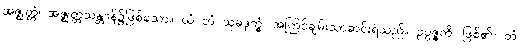
အဇ္ဈတ္တံ၊ အဇ္ဈတ္တသန္တာန်၌ဖြစ်သော။ ယံ တံ သုခဒုက္ခံ၊ အကြင်ချမ်းသာဆင်းရဲသည်။ ဥပ္ပဇ္ဇတိ၊ ဖြစ်၏။ တံ